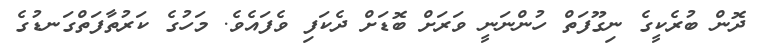
ދޮން ބުރެކީގެ ނިގޫފަތް ހުންނަނީ ވަރަށް ބޮޑަށް ދެކަފި ވެފައެވެ. މަހުގެ ކަރުތާފަތްގަނޑުގެ